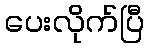
ပေးလိုက်ပြီ